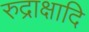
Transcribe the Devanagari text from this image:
रुद्राक्षादि